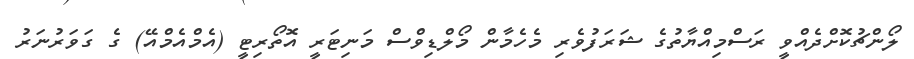
ލޯންޗުކޮށްދެއްވީ ރަސްމިއްޔާތުގެ ޝަރަފުވެރި މެހެމާން މޯލްޑިވްސް މަނިޓަރީ އޮތޯރިޓީ (އެމްއެމްއޭ) ގެ ގަވަރުނަރު